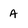
Character: A